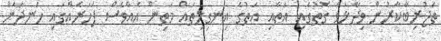
ތަޖުރިބާކާރުން ވިދާޅުވާ ގޮތުގައި އަތާއި އަތުގެ އިނގިލިތައް މަތިން އެއްވެސް ފަހަރެއްގައި ހަނދާން